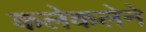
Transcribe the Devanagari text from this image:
कलेकलेने